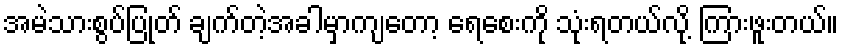
အမဲသားစွပ်ပြုတ် ချက်တဲ့အခါမှာကျတော့ ရေစေးကို သုံးရတယ်လို့ ကြားဖူးတယ်။